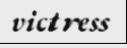
victress